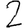
Digit: 2